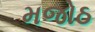
મજોઠ